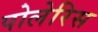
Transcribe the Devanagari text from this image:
पोलेरिस